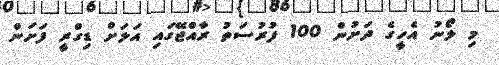
މި ލޯނު އެހީގެ ދަށުން 100 ފުރުސަތު ރާއްޖޭގައި އަލަށް ޑިގްރީ ފަށަން